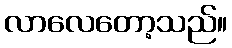
လာလေတော့သည်။